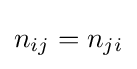
n_{ij}=n_{ji}